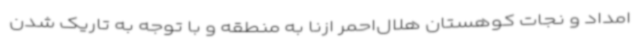
امداد و نجات کوهستان هلال‌احمر ازنا به منطقه و با توجه به تاریک شدن